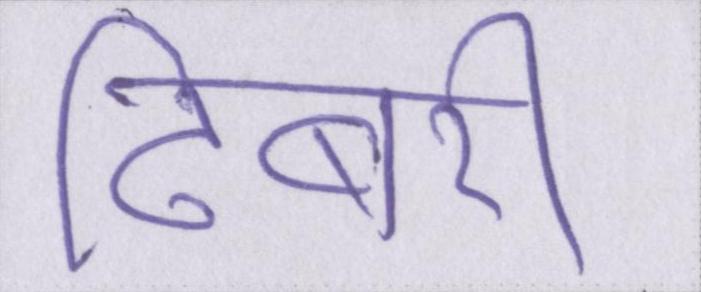
ढिबरी